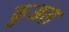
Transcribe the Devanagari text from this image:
कुअल